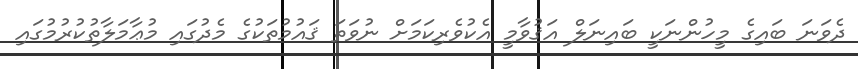
ދެވަނަ ބައިގެ މީހުންނަކީ ބައިނަލް އަޤުވާމީ އެކުވެރިކަމަށް ނުވަތަ ޤައުމުތަކުގެ މެދުގައި މުޢާމަލާތުކުރުމުގައި